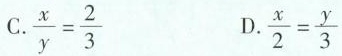
C.$$\frac { x } { y } = \frac { 2 } { 3 }$$ D.$$\frac { x } { 2 } = \frac { y } { 3 }$$